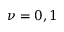
\nu = 0 , 1